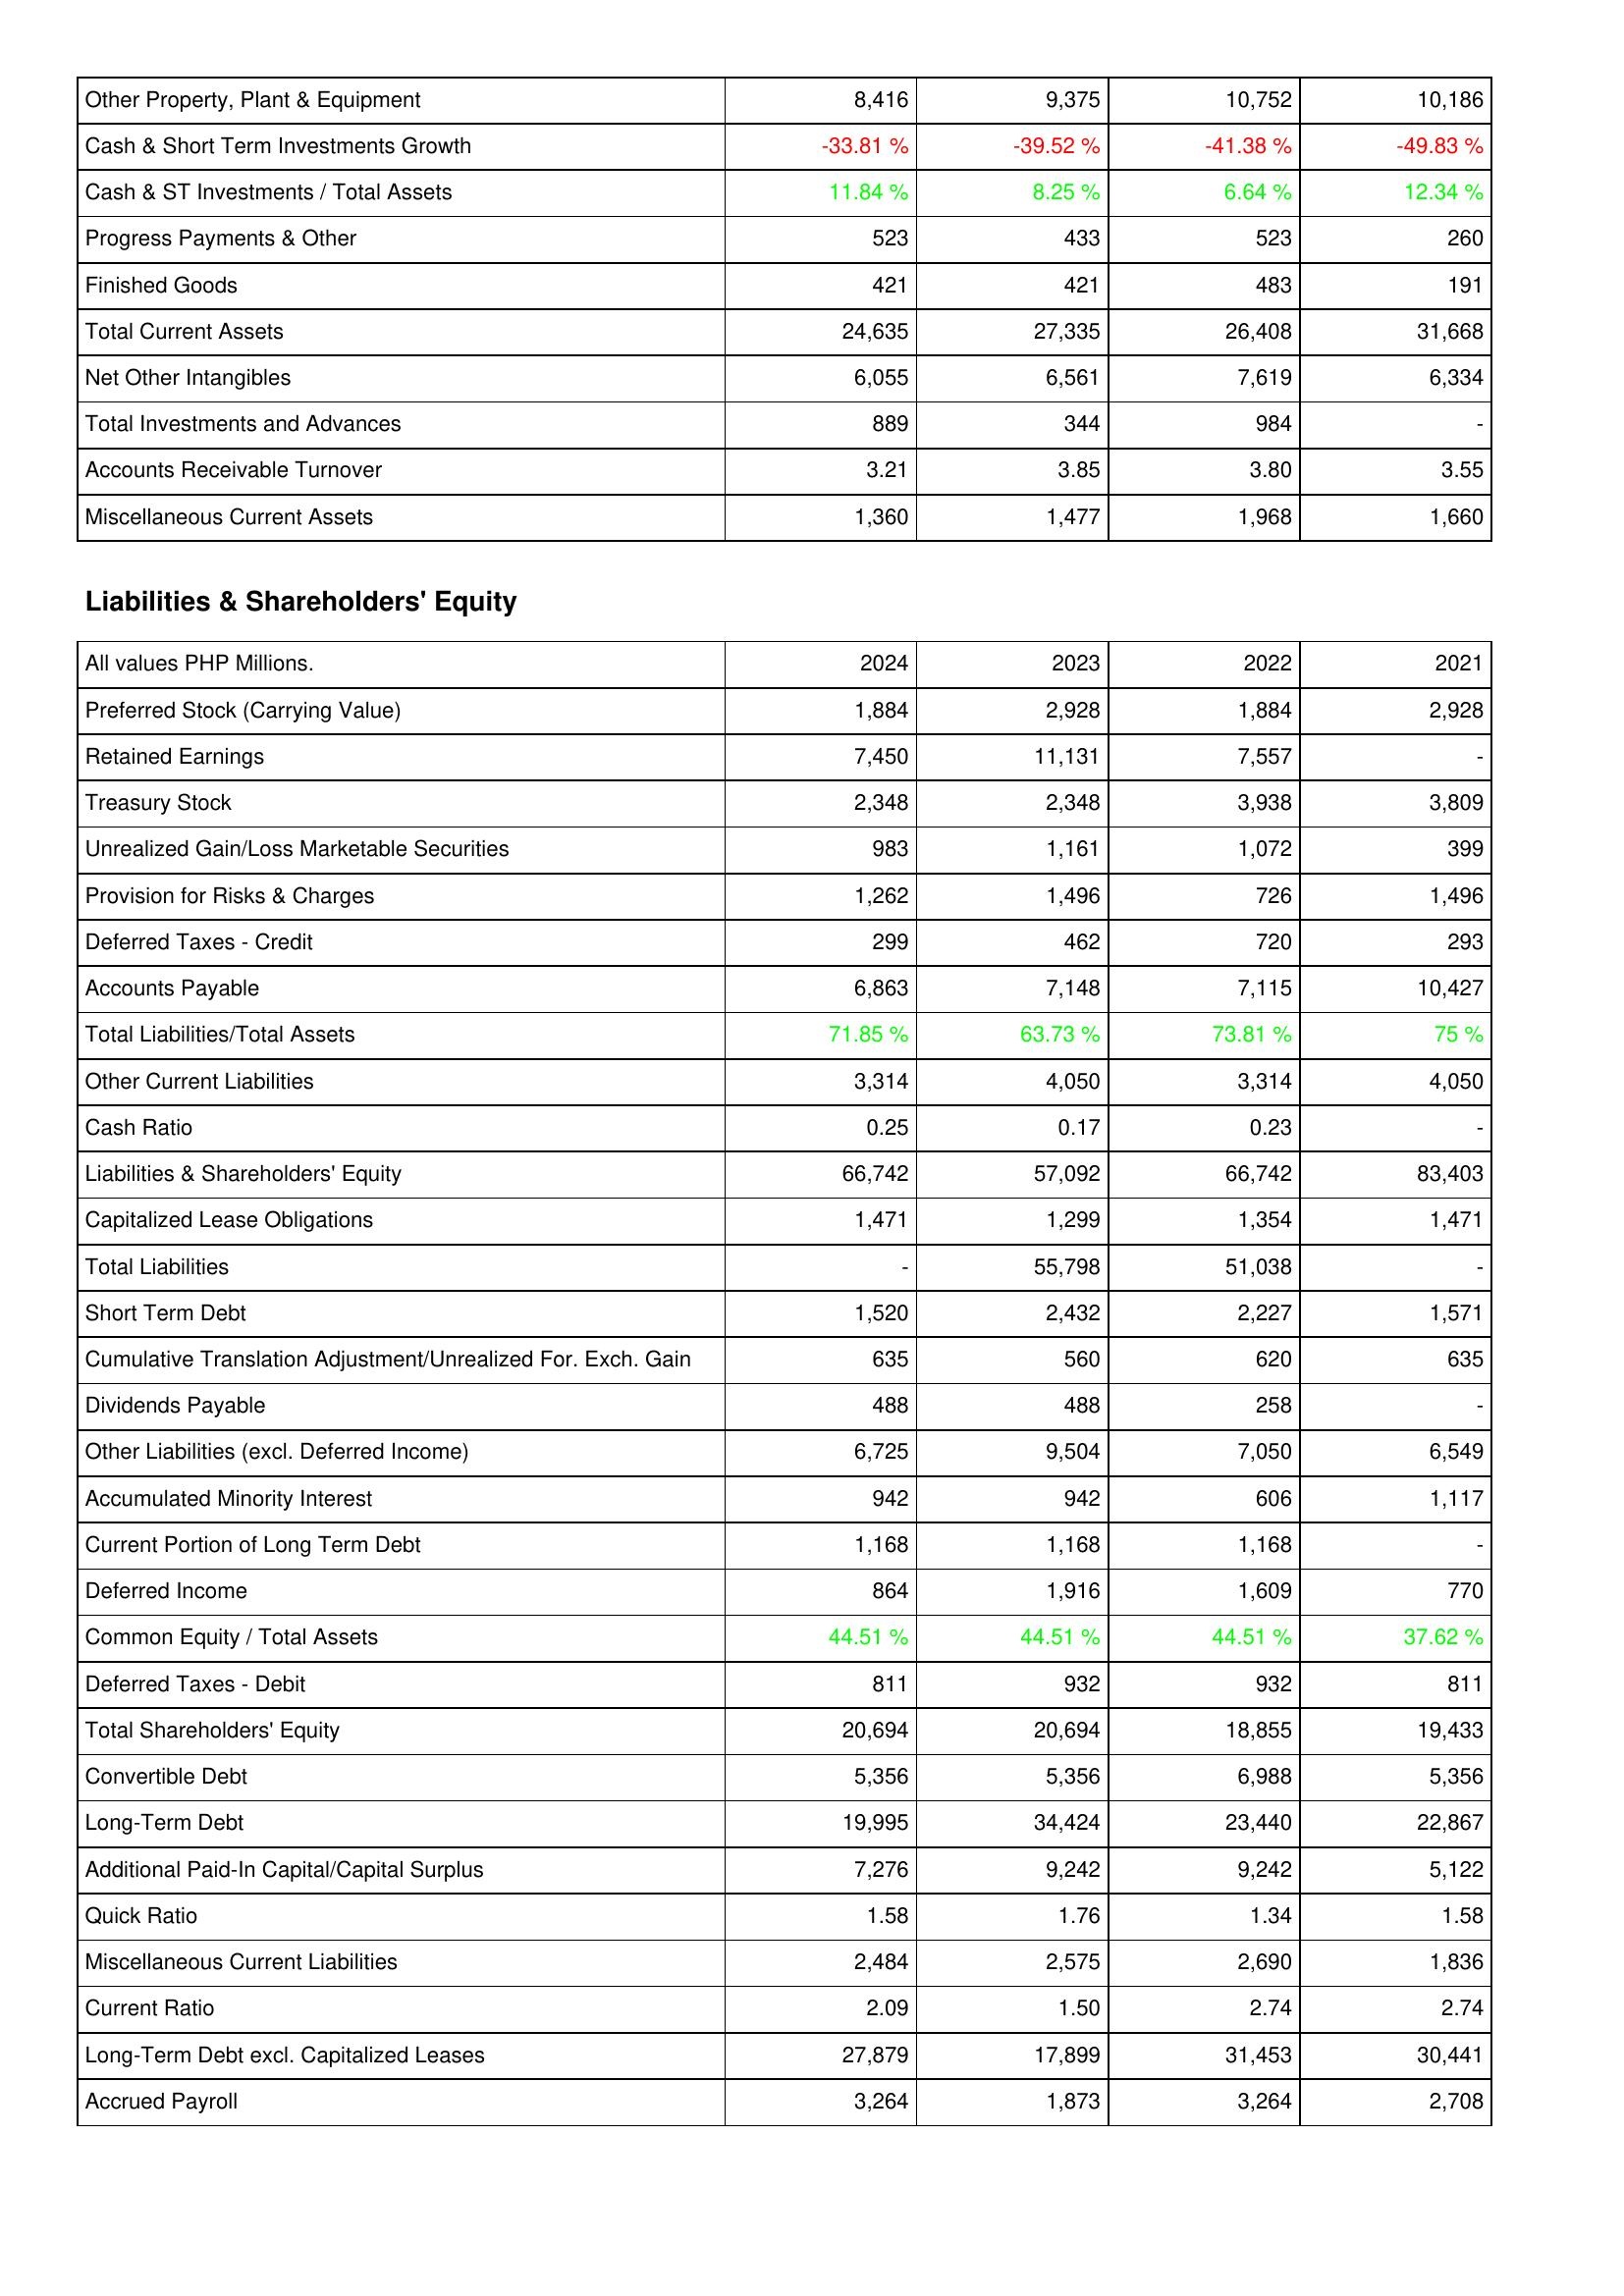
2024: Assets: Other Property, Plant & Equipment: 8,416
Cash & Short Term Investments Growth: -33.81 %
Cash & ST Investments / Total Assets: 11.84 %
Progress Payments & Other: 523
Finished Goods: 421
Total Current Assets: 24,635
Net Other Intangibles: 6,055
Total Investments and Advances: 889
Accounts Receivable Turnover: 3.21
Miscellaneous Current Assets: 1,360
Liabilities & Shareholders' Equity: Preferred Stock (Carrying Value): 1,884
Retained Earnings: 7,450
Treasury Stock: 2,348
Unrealized Gain/Loss Marketable Securities: 983
Provision for Risks & Charges: 1,262
Deferred Taxes - Credit: 299
Accounts Payable: 6,863
Total Liabilities/Total Assets: 71.85 %
Other Current Liabilities: 3,314
Cash Ratio: 0.25
Liabilities & Shareholders' Equity: 66,742
Capitalized Lease Obligations: 1,471
Total Liabilities: -
Short Term Debt: 1,520
Cumulative Translation Adjustment/Unrealized For. Exch. Gain: 635
Dividends Payable: 488
Other Liabilities (excl. Deferred Income): 6,725
Accumulated Minority Interest: 942
Current Portion of Long Term Debt: 1,168
Deferred Income: 864
Common Equity / Total Assets: 44.51 %
Deferred Taxes - Debit: 811
Total Shareholders' Equity: 20,694
Convertible Debt: 5,356
Long-Term Debt: 19,995
Additional Paid-In Capital/Capital Surplus: 7,276
Quick Ratio: 1.58
Miscellaneous Current Liabilities: 2,484
Current Ratio: 2.09
Long-Term Debt excl. Capitalized Leases: 27,879
Accrued Payroll: 3,264
2023: Assets: Other Property, Plant & Equipment: 9,375
Cash & Short Term Investments Growth: -39.52 %
Cash & ST Investments / Total Assets: 8.25 %
Progress Payments & Other: 433
Finished Goods: 421
Total Current Assets: 27,335
Net Other Intangibles: 6,561
Total Investments and Advances: 344
Accounts Receivable Turnover: 3.85
Miscellaneous Current Assets: 1,477
Liabilities & Shareholders' Equity: Preferred Stock (Carrying Value): 2,928
Retained Earnings: 11,131
Treasury Stock: 2,348
Unrealized Gain/Loss Marketable Securities: 1,161
Provision for Risks & Charges: 1,496
Deferred Taxes - Credit: 462
Accounts Payable: 7,148
Total Liabilities/Total Assets: 63.73 %
Other Current Liabilities: 4,050
Cash Ratio: 0.17
Liabilities & Shareholders' Equity: 57,092
Capitalized Lease Obligations: 1,299
Total Liabilities: 55,798
Short Term Debt: 2,432
Cumulative Translation Adjustment/Unrealized For. Exch. Gain: 560
Dividends Payable: 488
Other Liabilities (excl. Deferred Income): 9,504
Accumulated Minority Interest: 942
Current Portion of Long Term Debt: 1,168
Deferred Income: 1,916
Common Equity / Total Assets: 44.51 %
Deferred Taxes - Debit: 932
Total Shareholders' Equity: 20,694
Convertible Debt: 5,356
Long-Term Debt: 34,424
Additional Paid-In Capital/Capital Surplus: 9,242
Quick Ratio: 1.76
Miscellaneous Current Liabilities: 2,575
Current Ratio: 1.50
Long-Term Debt excl. Capitalized Leases: 17,899
Accrued Payroll: 1,873
2022: Assets: Other Property, Plant & Equipment: 10,752
Cash & Short Term Investments Growth: -41.38 %
Cash & ST Investments / Total Assets: 6.64 %
Progress Payments & Other: 523
Finished Goods: 483
Total Current Assets: 26,408
Net Other Intangibles: 7,619
Total Investments and Advances: 984
Accounts Receivable Turnover: 3.80
Miscellaneous Current Assets: 1,968
Liabilities & Shareholders' Equity: Preferred Stock (Carrying Value): 1,884
Retained Earnings: 7,557
Treasury Stock: 3,938
Unrealized Gain/Loss Marketable Securities: 1,072
Provision for Risks & Charges: 726
Deferred Taxes - Credit: 720
Accounts Payable: 7,115
Total Liabilities/Total Assets: 73.81 %
Other Current Liabilities: 3,314
Cash Ratio: 0.23
Liabilities & Shareholders' Equity: 66,742
Capitalized Lease Obligations: 1,354
Total Liabilities: 51,038
Short Term Debt: 2,227
Cumulative Translation Adjustment/Unrealized For. Exch. Gain: 620
Dividends Payable: 258
Other Liabilities (excl. Deferred Income): 7,050
Accumulated Minority Interest: 606
Current Portion of Long Term Debt: 1,168
Deferred Income: 1,609
Common Equity / Total Assets: 44.51 %
Deferred Taxes - Debit: 932
Total Shareholders' Equity: 18,855
Convertible Debt: 6,988
Long-Term Debt: 23,440
Additional Paid-In Capital/Capital Surplus: 9,242
Quick Ratio: 1.34
Miscellaneous Current Liabilities: 2,690
Current Ratio: 2.74
Long-Term Debt excl. Capitalized Leases: 31,453
Accrued Payroll: 3,264
2021: Assets: Other Property, Plant & Equipment: 10,186
Cash & Short Term Investments Growth: -49.83 %
Cash & ST Investments / Total Assets: 12.34 %
Progress Payments & Other: 260
Finished Goods: 191
Total Current Assets: 31,668
Net Other Intangibles: 6,334
Total Investments and Advances: -
Accounts Receivable Turnover: 3.55
Miscellaneous Current Assets: 1,660
Liabilities & Shareholders' Equity: Preferred Stock (Carrying Value): 2,928
Retained Earnings: -
Treasury Stock: 3,809
Unrealized Gain/Loss Marketable Securities: 399
Provision for Risks & Charges: 1,496
Deferred Taxes - Credit: 293
Accounts Payable: 10,427
Total Liabilities/Total Assets: 75 %
Other Current Liabilities: 4,050
Cash Ratio: -
Liabilities & Shareholders' Equity: 83,403
Capitalized Lease Obligations: 1,471
Total Liabilities: -
Short Term Debt: 1,571
Cumulative Translation Adjustment/Unrealized For. Exch. Gain: 635
Dividends Payable: -
Other Liabilities (excl. Deferred Income): 6,549
Accumulated Minority Interest: 1,117
Current Portion of Long Term Debt: -
Deferred Income: 770
Common Equity / Total Assets: 37.62 %
Deferred Taxes - Debit: 811
Total Shareholders' Equity: 19,433
Convertible Debt: 5,356
Long-Term Debt: 22,867
Additional Paid-In Capital/Capital Surplus: 5,122
Quick Ratio: 1.58
Miscellaneous Current Liabilities: 1,836
Current Ratio: 2.74
Long-Term Debt excl. Capitalized Leases: 30,441
Accrued Payroll: 2,708